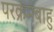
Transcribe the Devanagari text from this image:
परक्रमबाहु